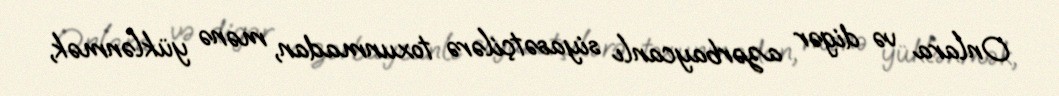
Onlara və digər azərbaycanlı siyasətçilərə toxunmadan, mənə yüklənmək,